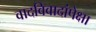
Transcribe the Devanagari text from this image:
वादविवादांपेक्षा